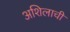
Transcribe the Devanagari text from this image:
अशिलाची